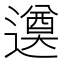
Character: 𨗖